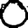
Digit: 0